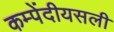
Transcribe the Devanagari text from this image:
कम्पेंदीयसली